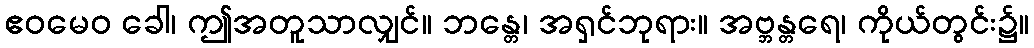
ဧဝမေဝ ခေါ၊ ဤအတူသာလျှင်။ ဘန္တေ၊ အရှင်ဘုရား။ အဗ္ဘန္တရေ၊ ကိုယ်တွင်း၌။